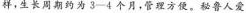
样，生长周期约为3-4个月，管理方便。秘鲁人爱